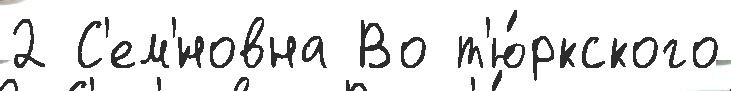
2 С'ем'́новна Во т'ю́ркского